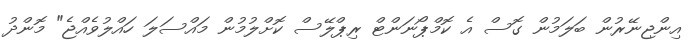
އިންޖިނޭރުން ބަލަމުން ގޮސް އެ ކޮމްޕޯނަންޓް ރިޕްލޭސް ކޮށްލުމުން މައްސަލަ ހައްލުވެއްޖެ" މޮންދު